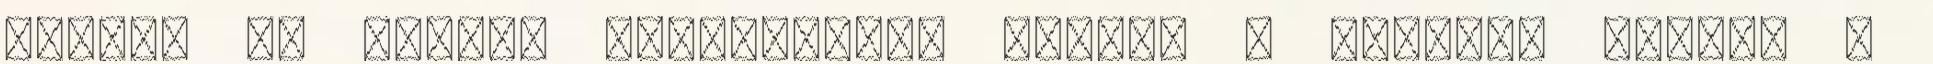
csokik is sokkal vonzóbbakká válnak 😉 Trükkös üzenet –